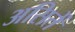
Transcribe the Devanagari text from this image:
असितें